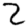
Digit: 2